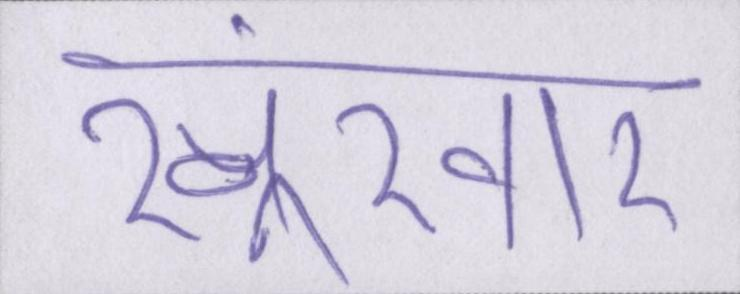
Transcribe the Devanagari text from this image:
खूंखार